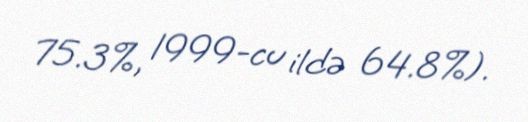
75.3%, 1999-cu ildə 64.8%).